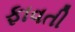
ફાવતી